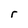
Character: r